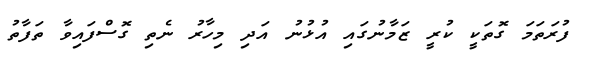
ފުރަތަމަ ގޮތަކީ ކުރީ ޒަމާނުގައި އުޅުނު އަދި މިހާރު ނެތި ގޮސްފައިވާ ތަފާތު